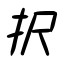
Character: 択